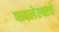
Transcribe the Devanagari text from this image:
पावलेल्यांचे